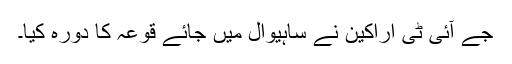
جے آئی ٹی اراکین نے ساہیوال میں جائے قوعہ کا دورہ کیا۔